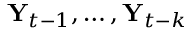
\mathbf { Y } _ { t - 1 } , \dots , \mathbf { Y } _ { t - k }